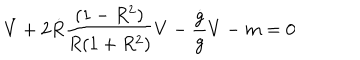
LaTeX: \dot { V } + 2 \dot { R } { \frac { ( 1 - R ^ { 2 } ) } { R ( 1 + R ^ { 2 } ) } } V - { \frac { \dot { g } } { g } } V - m = 0